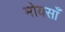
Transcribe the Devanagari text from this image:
मोयसाँ